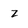
Character: z